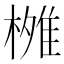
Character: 𬄐